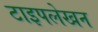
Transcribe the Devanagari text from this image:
टाइपलेखन